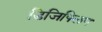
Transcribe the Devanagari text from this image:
डिजिफ्लिप